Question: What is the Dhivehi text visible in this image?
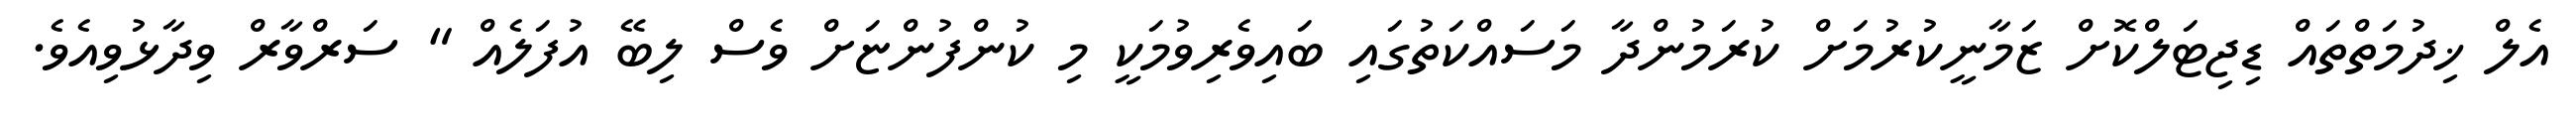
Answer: އެލް ޚިދުމަތްތައް ޑިޖިޓަލްކޮށް ޒަމާނީކުރުމަށް ކުރަމުންދާ މަސައްކަތުގައި ބައިވެރިވުމަކީ މި ކުންފުންޏަށް ވެސް ލިބޭ އުފަލެއް " ސަރްވާރް ވިދާޅުވިއެވެ.